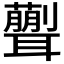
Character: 𦗿